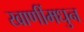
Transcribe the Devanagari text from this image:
खाणींमधुन